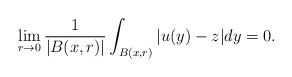
\begin{align*}\lim_{r\to 0}\frac{1}{|B(x,r)|}\int_{B(x,r)}|u(y)-z|dy=0.\end{align*}